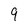
Character: 9